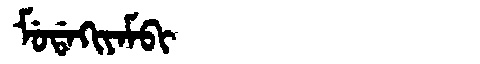
Manchu: ᠮᡠᡩᠠᡴᡳᠶᠠᠮᠪᡳ
Romanization: MUDAKIYAMBI